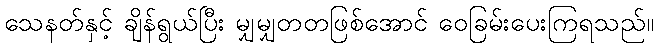
သေနတ်နှင့် ချိန်ရွယ်ပြီး မျှမျှတတဖြစ်အောင် ဝေခြမ်းပေးကြရသည်။